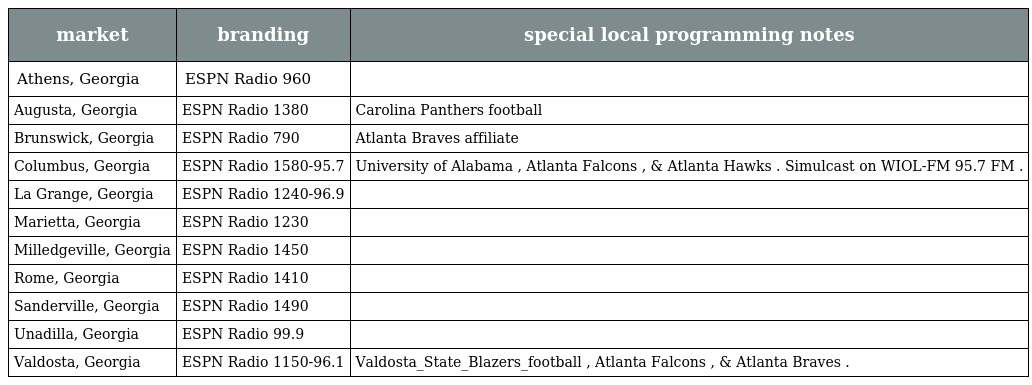
| market | branding | special local programming notes |
 | --- | --- | --- |
 | Athens, Georgia | ESPN Radio 960 |  |
 | Augusta, Georgia | ESPN Radio 1380 | Carolina Panthers football |
 | Brunswick, Georgia | ESPN Radio 790 | Atlanta Braves affiliate |
 | Columbus, Georgia | ESPN Radio 1580-95.7 | University of Alabama , Atlanta Falcons , & Atlanta Hawks . Simulcast on WIOL-FM 95.7 FM . |
 | La Grange, Georgia | ESPN Radio 1240-96.9 |  |
 | Marietta, Georgia | ESPN Radio 1230 |  |
 | Milledgeville, Georgia | ESPN Radio 1450 |  |
 | Rome, Georgia | ESPN Radio 1410 |  |
 | Sanderville, Georgia | ESPN Radio 1490 |  |
 | Unadilla, Georgia | ESPN Radio 99.9 |  |
 | Valdosta, Georgia | ESPN Radio 1150-96.1 | Valdosta_State_Blazers_football , Atlanta Falcons , & Atlanta Braves . |